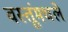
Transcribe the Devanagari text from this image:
वस्तूंमधले